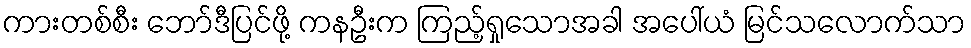
ကားတစ်စီး ဘော်ဒီပြင်ဖို့ ကနဦးက ကြည့်ရှုသောအခါ အပေါ်ယံ မြင်သလောက်သာ